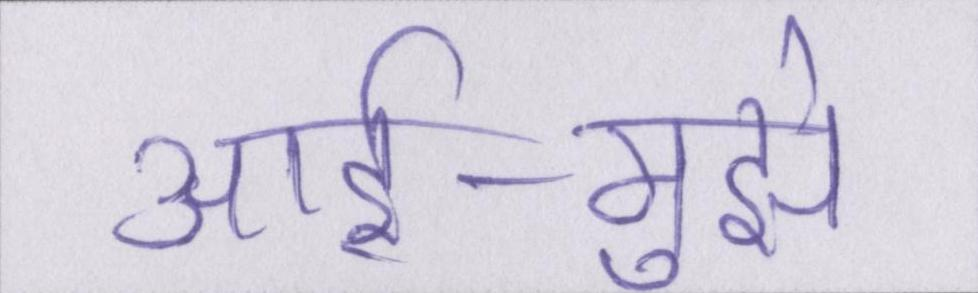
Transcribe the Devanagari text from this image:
आर्इ-मुझे